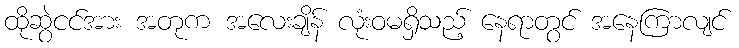
ထိုဆွဲငင်အား အတုက အလေးချိန် လုံးဝမရှိသည့် နေရာတွင် အနေကြာလျင်